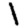
Digit: 1